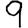
Digit: 9